Report of the Indian Hemp Drugs Commission, 1894-1895 - Volume VII
Year: 1894
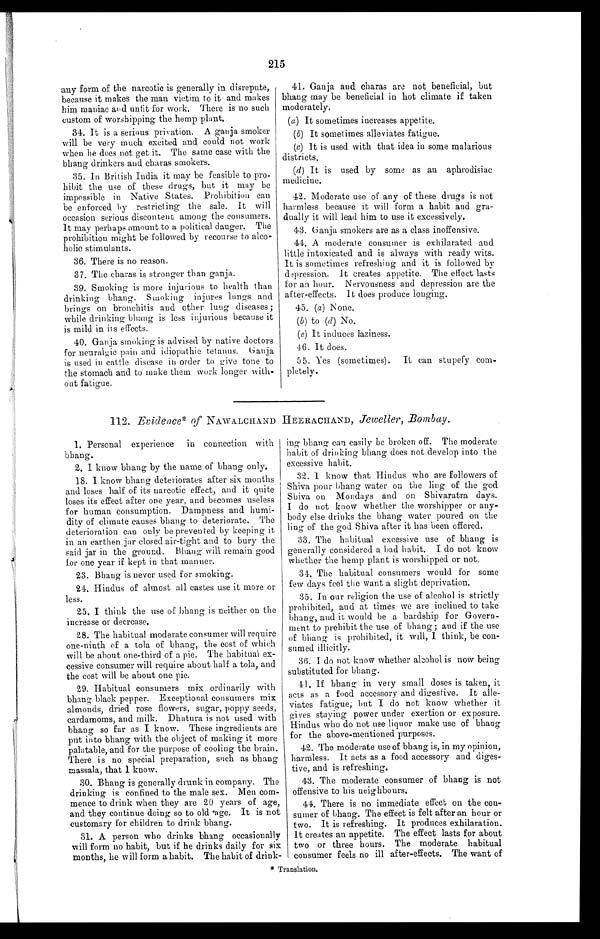
215
any form of the narcotic is generally in disrepute,
because it makes the man victim to it and makes
him maniac and unfit for work. There is no such
custom of worshipping the hemp plant.
34. It is a serious privation. A ganja smoker
will be very much excited and could not work
when he does not get it. The same ease with the
bhang drinkers and charas smokers.
35. In British India it may be feasible to pro-
hibit the use of these drugs, but it may be
impossible in Native States. Prohibition can
be enforced by restricting the sale. It will
occasion serious discontent among the consumers.
It may perhaps amount to a political danger. The
prohibition might be followed by recourse to alco-
holic stimulants.
36. There is no reason.
37. The charas is stronger than ganja.
39. Smoking is more injurious to health than
drinking bhang. Smoking injures lungs and
brings on bronchitis and other lung diseases ;
while drinking bhang is less injurious because it
is mild in its effects.
40. Ganja smoking is advised by native doctors
for neuralgic pain and idiopathic tetanus. Ganja
is used in cattle disease in order to give tone to
the stomach and to make them work longer with-
out fatigue.
41. Ganja and charas are not beneficial, but
bhang may be beneficial in hot climate if taken
moderately,
(a) It sometimes increases appetite.
(b) It sometimes alleviates fatigue.
(c) It is used with that idea in some malarious
districts.
(d) It is used by some as an aphrodisiac
medicine.
42. Moderate use of any of these drugs is not
harmless because it will form a habit and gra-
dually it will lead him to use it excessively.
43. Ganja smokers are as a class inoffensive.
44. A moderate consumer is exhilarated and
little intoxicated and is always with ready wits.
It is sometimes refreshing and it is followed by
depression. It creates appetite. The effect lasts
for an hour. Nervousness and depression are the
after-effects. It does produce longing.
45. (a) None.
(b) to (d) No.
(e) It induces laziness.
46. It does.
55. Yes (sometimes).
It can stupefy com-
pletely.
112. Evidence* of NAWALCHAND HEERACHAND, Jeweller, Bombay.
1. Personal experience in connection with
bhang.
2. I know bhang by the name of bhang only.
18. I know bhang deteriorates after six months
and loses half of its narcotic effect, and it quite
loses its effect after one year, and becomes useless
for human consumption. Dampness and humi-
dity of climate causes bhang to deteriorate. The
deterioration can only be prevented by keeping it
in an earthen jar closed air-tight and to bury the
said jar in the ground. Bhang will remain good
for one year if kept in that manner.
23.
Bhang is never used for smoking.
24. Hindus of almost all castes use it more or
less.
25. I think the use of bhang is neither on the
increase or decrease.
28. The habitual moderate consumer will require
one-ninth of a tola of bhang, the cost of which
will be about one-third of a pie. The habitual ex-
cessive consumer will require about half a tola, and
the cost will be about one pie.
29. Habitual consumers mix ordinarily with
bhang black pepper. Exceptional consumers mix
almonds, dried rose flowers, sugar, poppy seeds,
cardamoms, and milk. Dhatura is not used with
bhang so far as I know. These ingredients are
put into bhang with the object of making it more
palatable, and for the purpose of cooling the brain.
There is no special preparation, such as bhang
massala, that 1 know.
30. Bhang is generally drunk in company. The
drinking is confined to the male sex. Men com-
mence to drink when they are 20 years of age,
and they continue doing so to old age. It is not
customary for children to drink bhang.
31. A person who drinks bhang occasionally
will form no habit, but if he drinks daily for six
months, he will form a habit. The habit of drink-
ing bhang can easily he broken off. The moderate
habit of drinking bhang does not develop into the
excessive habit.
32. I know that Hindus who are followers of
Shiva pour bhang water on the ling of the god
Shiva on Mondays and on Shivaratra days.
I do not know whether the worshipper or any-
body else drinks the bhang water poured on the
ling of the god Shiva after it has been offered.
33. The habitual excessive use of bhang is
generally considered a bad habit. I do not know
whether the hemp plant is worshipped or not.
3 4 . T h e h a b i t u a l c o n s u m e r s w o u l d f o r s o m e
few days feel the want a slight deprivation.
35. In our religion the use of alcohol is strictly
prohibited, and at times we are inclined to take
bhang, and it would be a hardship for Govern-
ment to prohibit the use of bhang; and if the use
of bhang is prohibited, it will, I think, be con-
sumed illicitly.
36. I do not know whether alcohol is now being
substituted for bhang.
41. If bhang in very small doses is taken, it
acts as a food accessory and digestive. It alle-
viates fatigue; but I do not know whether it
gives staying power under exertion or exposure.
Hindus who do not use liquor make use of bhang
for the above-mentioned purposes.
42. The moderate use of bhang is, in my opinion,
harmless. It acts as a food accessory and diges-
tive, and is refreshing.
43. The moderate consumer of bhang is not
offensive to his neighbours.
44. There is no immediate effect on the con-
sumer of bhang. The effect is felt after an hour or
two. It is refreshing. It produces exhilaration.
It creates an appetite. The effect lasts for about
two or three hours. The moderate habitual
consumer feels no ill after-effects. The want of
* Translation.